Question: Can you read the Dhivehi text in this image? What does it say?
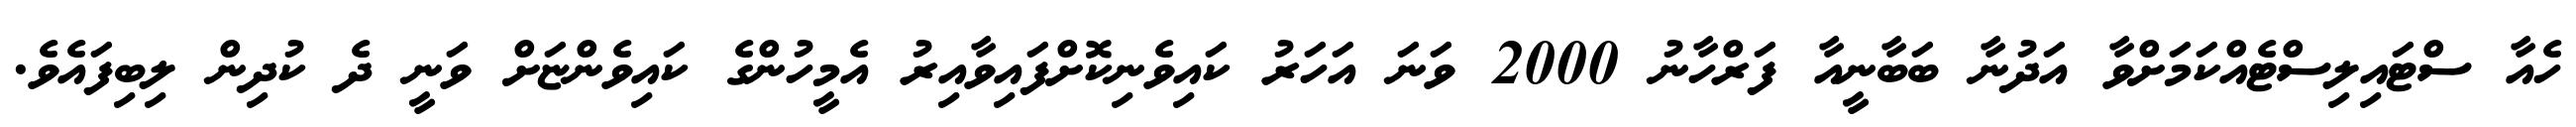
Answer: ހެއާ ސްޓައިލިސްޓެއްކަމަށްވާ އަދުނާ ބަބާނީއާ ފަރްހާނު 2000 ވަނަ އަހަރު ކައިވެނިކޮށްފައިވާއިރު އެމީހުންގެ ކައިވެންޏަށް ވަނީ ދެ ކުދިން ލިބިފައެވެ.